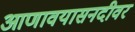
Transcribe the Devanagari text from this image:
आणावयासनदीवर